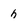
Character: h